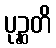
ပုဉ္ဆတိ